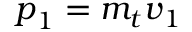
{ \boldsymbol { p } } _ { \boldsymbol { 1 } } = m _ { t } { \boldsymbol { v } } _ { \boldsymbol { 1 } }